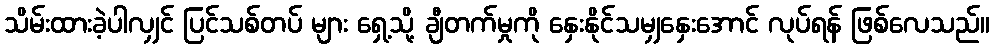
သိမ်းထားခဲ့ပါလျှင် ပြင်သစ်တပ် များ ရှေ့သို့ ချီတက်မှုကို နှေးနိုင်သမျှနှေးအောင် လုပ်ရန် ဖြစ်လေသည်။